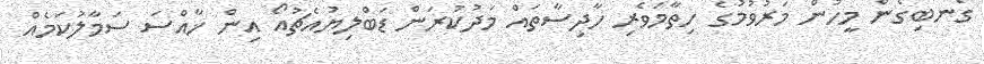
ގެނބިގެން މީހުން މަރުވުމުގެ ހިތާމަވެރި ހާދިސާތައް މަދުކުރަން ޑަބްލިޔުއެޗުއޯ އިން ޚާއްސަ ސަމާލުކަމެއް